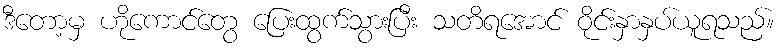
ဒီတော့မှ ဟိုကောင်တွေ ပြေးထွက်သွားပြီး သတိရအောင် ဝိုင်းနှာနှပ်ယူရသည်။